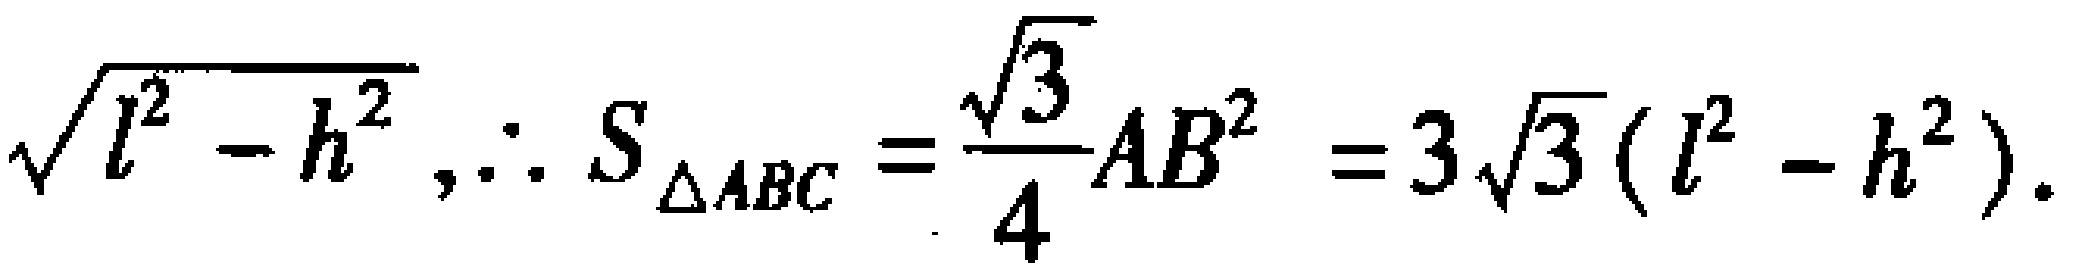
$\sqrt{l^{2}-h^{2}},\therefore S_{\triangle ABC}=\frac{\sqrt{3}}{4}AB^{2}=3\sqrt{3}(l^{2}-h^{2}).$